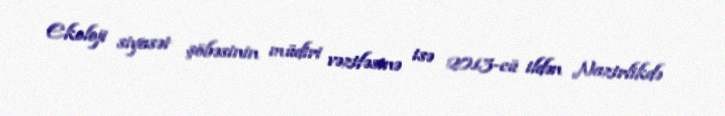
Ekoloji siyasət şöbəsinin müdiri vəzifəsinə isə 2013-cü ildən Nazirlikdə